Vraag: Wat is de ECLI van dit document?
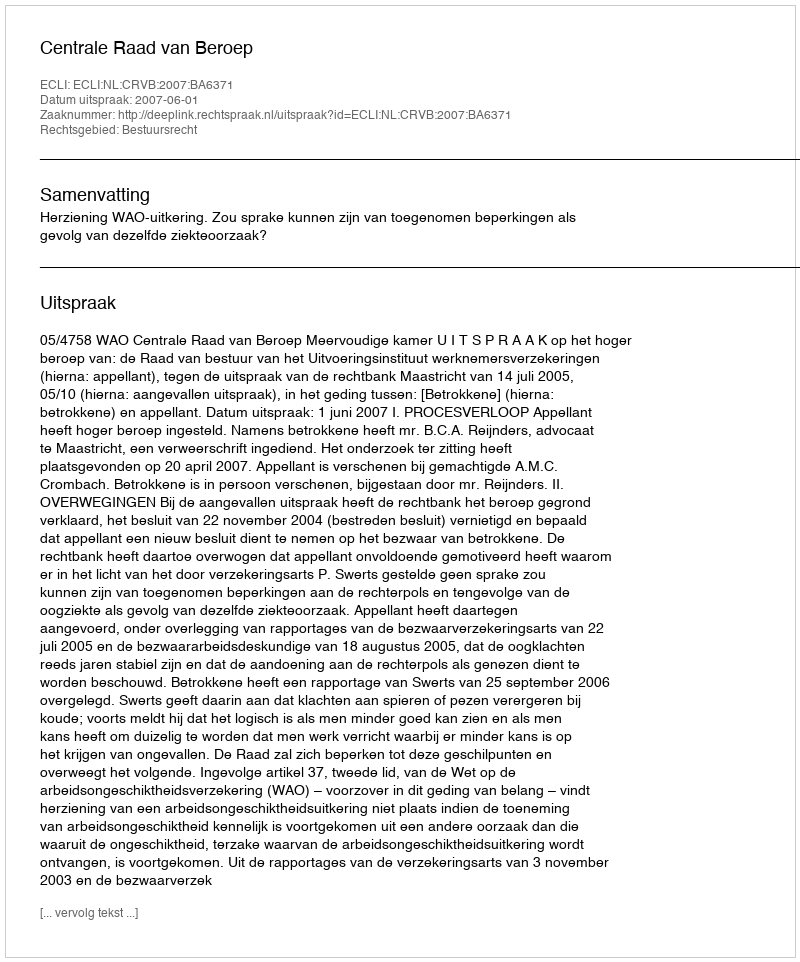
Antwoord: ECLI:NL:CRVB:2007:BA6371